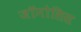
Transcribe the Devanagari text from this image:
जॉनोसिस